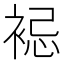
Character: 𧚈